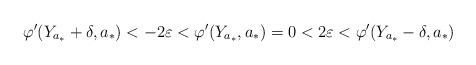
LaTeX: \begin{align*}\varphi'(Y_{a_*}+\delta,a_*) < -2\varepsilon < \varphi'(Y_{a_*},a_*) = 0 < 2\varepsilon < \varphi'(Y_{a_*}-\delta,a_*) \end{align*}